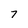
Character: 7